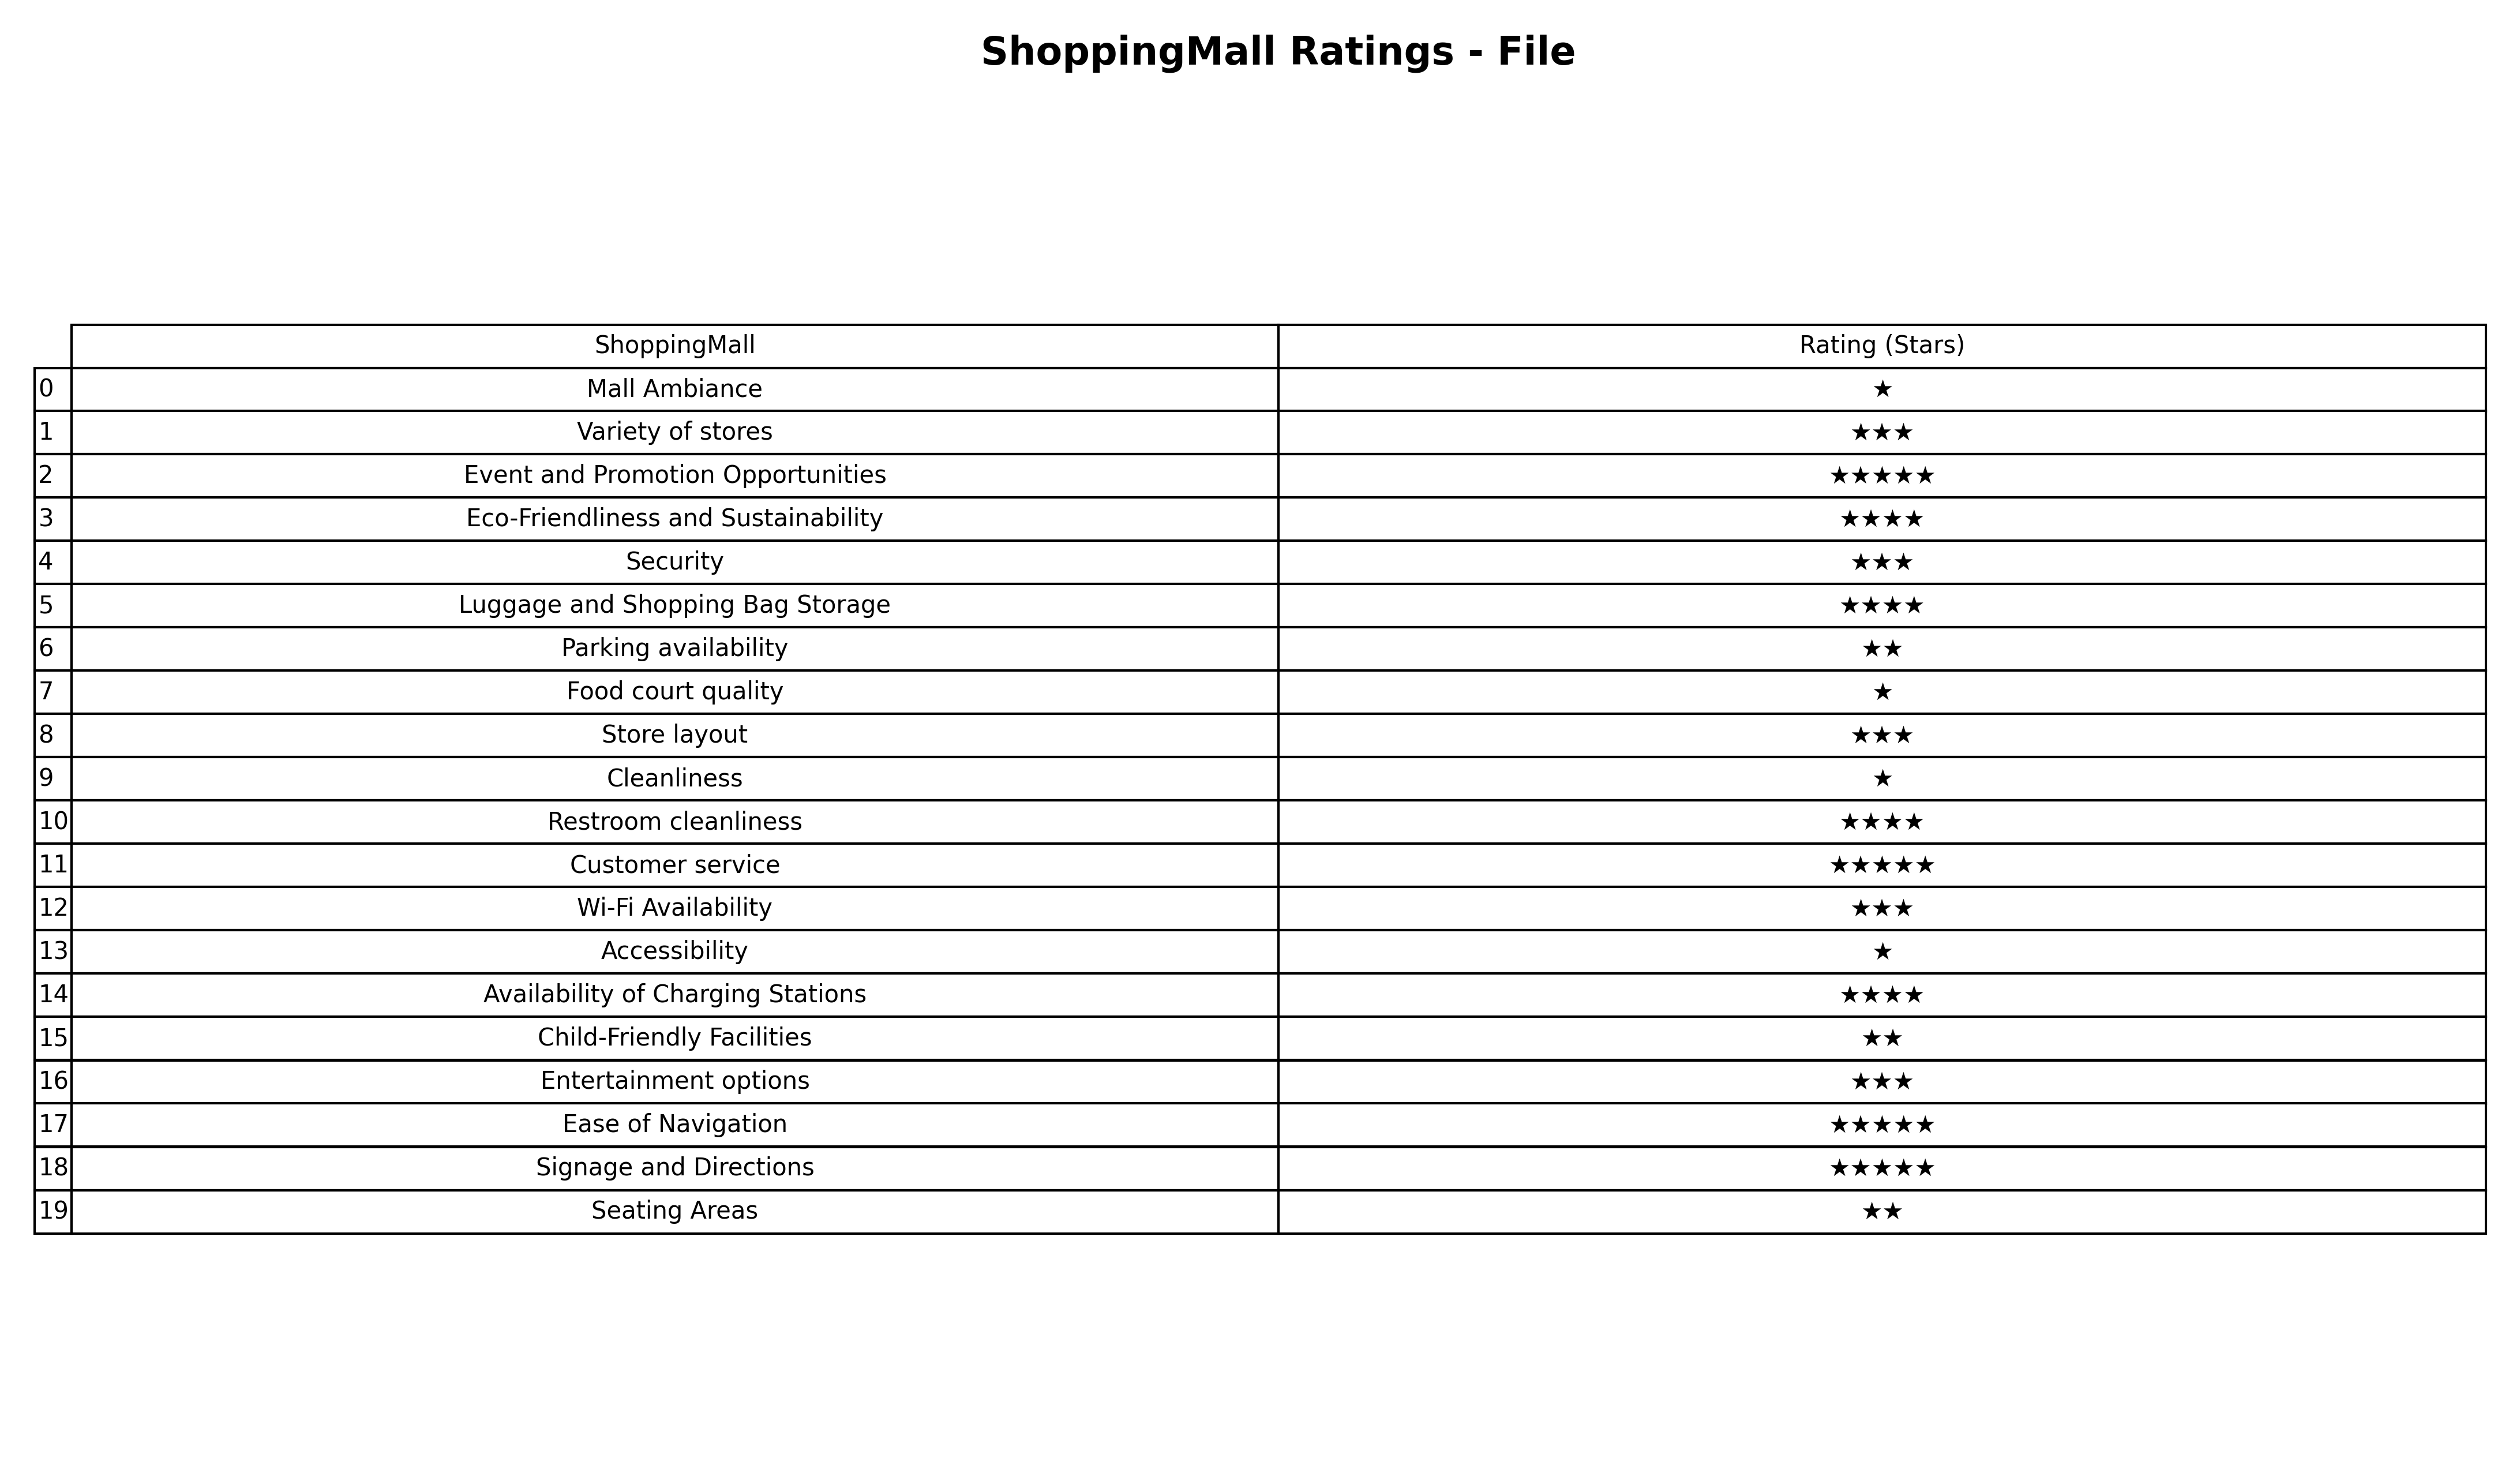
question: What is the rating of Eco-Friendliness and Sustainability?
answer: ★★★★